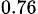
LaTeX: _{0.76}